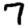
Digit: 7